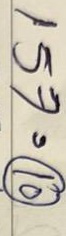
157 = (10)